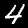
Label: 4